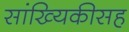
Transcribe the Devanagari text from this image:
सांख्यिकीसह